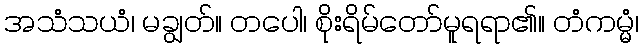
အသံသယံ၊ မချွတ်။ တပေါ၊ စိုးရိမ်တော်မူရရာ၏။ တံကမ္မံ၊